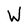
Character: W